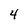
Character: 4